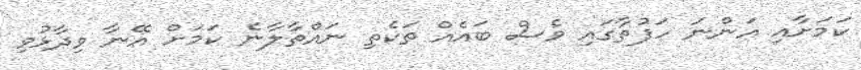
ކަމަށާއި އަންނަ ހަފުތާގައި ވެސް ބައެއް ތަކެތި ނައްތާލާނެ ކަމަށް އޭނާ ވިދާޅުވި